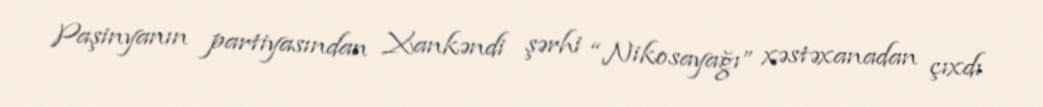
Paşinyanın partiyasından Xankəndi şərhi “Nikosayağı” xəstəxanadan çıxdı